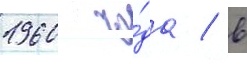
1960 го́да / в